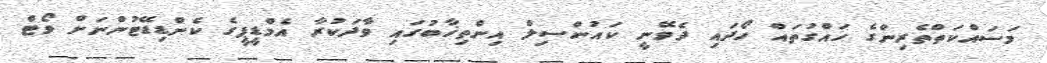
މަސައްކަތްތެރިންގެ ހައްގުތައް ހޯދައި ދެވޭނީ ކައުންސިލް އިންތިޚާބުގައި ވާދަކުރާ އެމްޑީޕީގެ ކެންޑިޑޭޓުންނަށް ވޯޓް